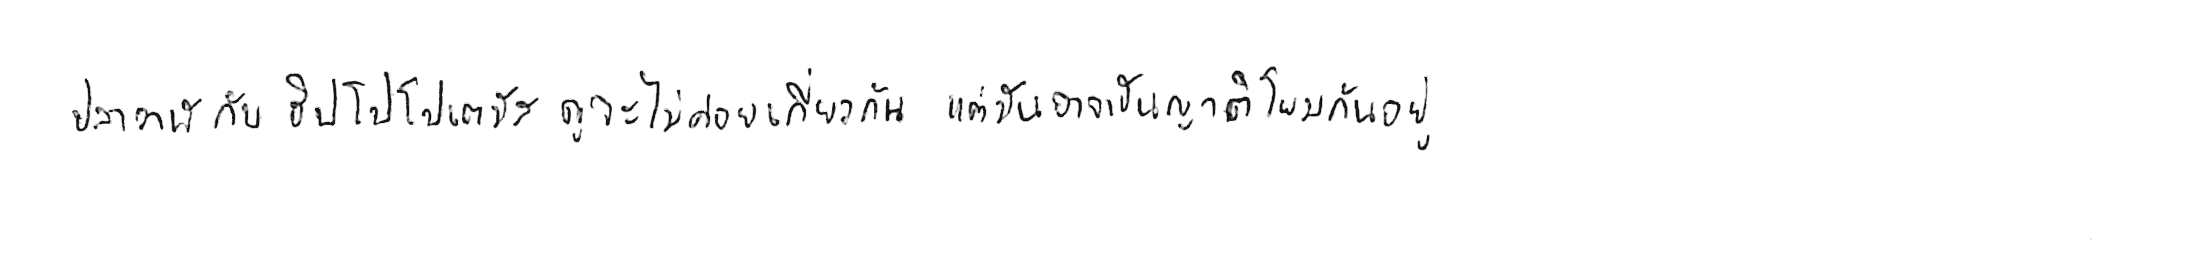
ปลาวาฬ กับ ฮิปโปโปเตมัส ดูจะไม่ค่อยเกี่ยวกัน แต่มันอาจเป็นญาติโยมกันอยู่